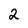
Character: 2